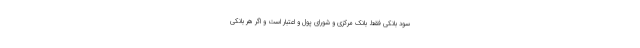
سود بانکی فقط بانک مرکزی و شورای پول و اعتبار است و اگر هر بانکی